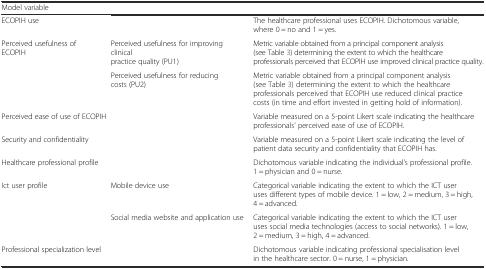
<table><thead><tr><td><b>Model variable</b></td><td></td><td></td></tr></thead><tbody><tr><td colspan="2">ECOPIH use</td><td>The healthcare professional uses ECOPIH. Dichotomous variable, where 0 = no and 1 = yes.</td></tr><tr><td rowspan="2">Perceived usefulness of ECOPIH</td><td>Perceived usefulness for improving clinical practice quality (PU1)</td><td>Metric variable obtained from a principal component analysis (see Table 3) determining the extent to which the healthcare professionals perceived that ECOPIH use improved clinical practice quality.</td></tr><tr><td>Perceived usefulness for reducing costs (PU2)</td><td>Metric variable obtained from a principal component analysis (see Table 3) determining the extent to which the healthcare professionals perceived that ECOPIH use reduced clinical practice costs (in time and effort invested in getting hold of information).</td></tr><tr><td colspan="2">Perceived ease of use of ECOPIH</td><td>Variable measured on a 5-point Likert scale indicating the healthcare professionals’ perceived ease of use of ECOPIH.</td></tr><tr><td colspan="2">Security and confidentiality</td><td>Variable measured on a 5-point Likert scale indicating the level of patient data security and confidentiality that ECOPIH has.</td></tr><tr><td colspan="2">Healthcare professional profile</td><td>Dichotomous variable indicating the individual’s professional profile. 1 = physician and 0 = nurse.</td></tr><tr><td rowspan="2">Ict user profile</td><td>Mobile device use</td><td>Categorical variable indicating the extent to which the ICT user uses different types of mobile device. 1 = low, 2 = medium, 3 = high, 4 = advanced.</td></tr><tr><td>Social media website and application use</td><td>Categorical variable indicating the extent to which the ICT user uses social media technologies (access to social networks). 1 = low, 2 = medium, 3 = high, 4 = advanced.</td></tr><tr><td>Professional specialization level</td><td></td><td>Dichotomous variable indicating professional specialisation level in the healthcare sector. 0 = nurse, 1 = physician.</td></tr></tbody></table>